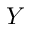
Y